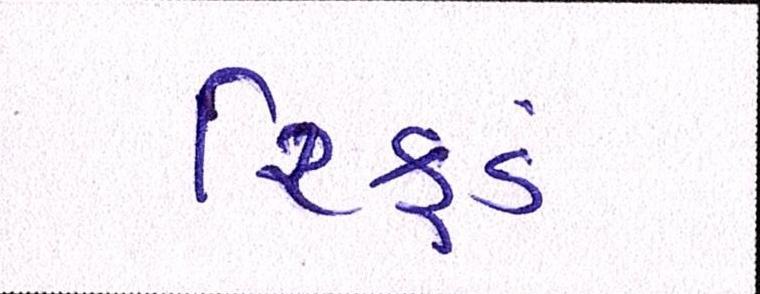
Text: રિફડં